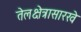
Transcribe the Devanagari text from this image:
तेलक्षेत्रासारखे